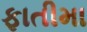
ફાતીમા